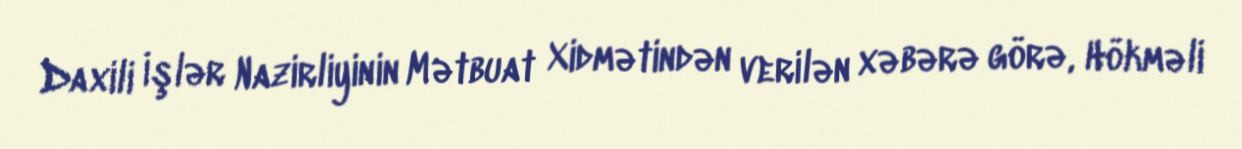
Daxili İşlər Nazirliyinin Mətbuat Xidmətindən verilən xəbərə görə, Hökməli